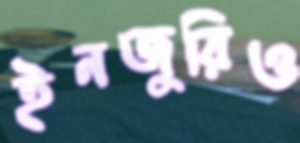
ইনজুরিও